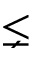
\lneq